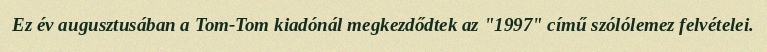
Ez év augusztusában a Tom-Tom kiadónál megkezdődtek az "1997" című szólólemez felvételei.